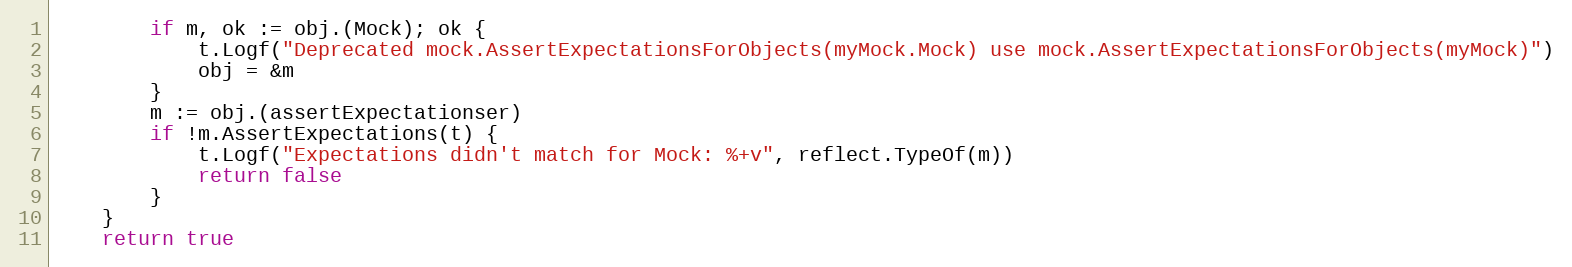
Language: Go
		if m, ok := obj.(Mock); ok {
			t.Logf("Deprecated mock.AssertExpectationsForObjects(myMock.Mock) use mock.AssertExpectationsForObjects(myMock)")
			obj = &m
		}
		m := obj.(assertExpectationser)
		if !m.AssertExpectations(t) {
			t.Logf("Expectations didn't match for Mock: %+v", reflect.TypeOf(m))
			return false
		}
	}
	return true